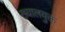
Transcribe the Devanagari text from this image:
ख्यालयुक्त